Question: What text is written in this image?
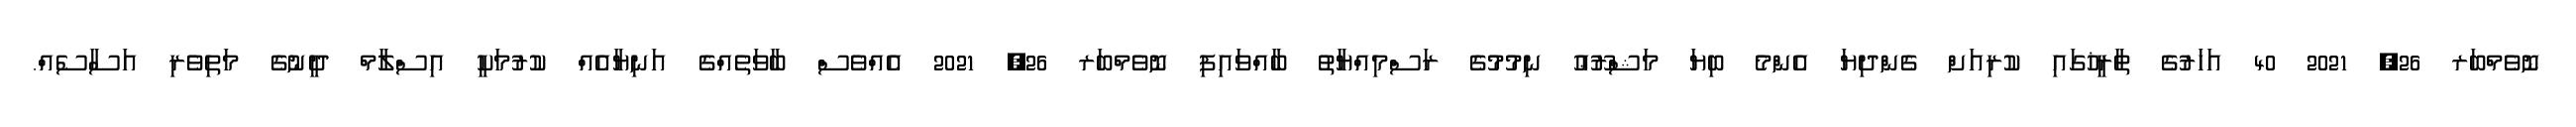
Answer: ނޮވެމްބަރ 26, 2021 40 އަހަރުގެ ތާރީޚުގައި ކުރިއަށް ގެންދިޔަ އެންމެ ބިޔަ މަޝްރޫޢު ނިމުމުގެ ރަސްމިއްޔާތު ބާއްވައިފި ނޮވެމްބަރ 26, 2021 އެއްވެސް ބާވަތެއްގެ އަނިޔާއެއް ކުރުމަކީ އިސްލާމް ދީނުގެ މަތިވެރި އަސާސެއް.